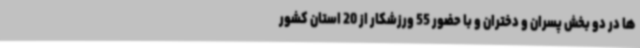
ها در دو بخش پسران و دختران و با حضور 55 ورزشکار از 20 استان کشور